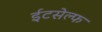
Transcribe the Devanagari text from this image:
ईटसेल्फ